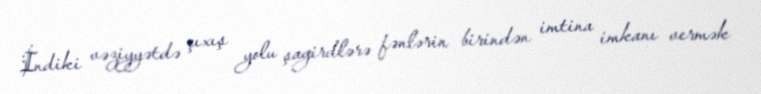
İndiki vəziyyətdə çıxış yolu şagirdlərə fənlərin birindən imtina imkanı vermək